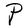
Character: P